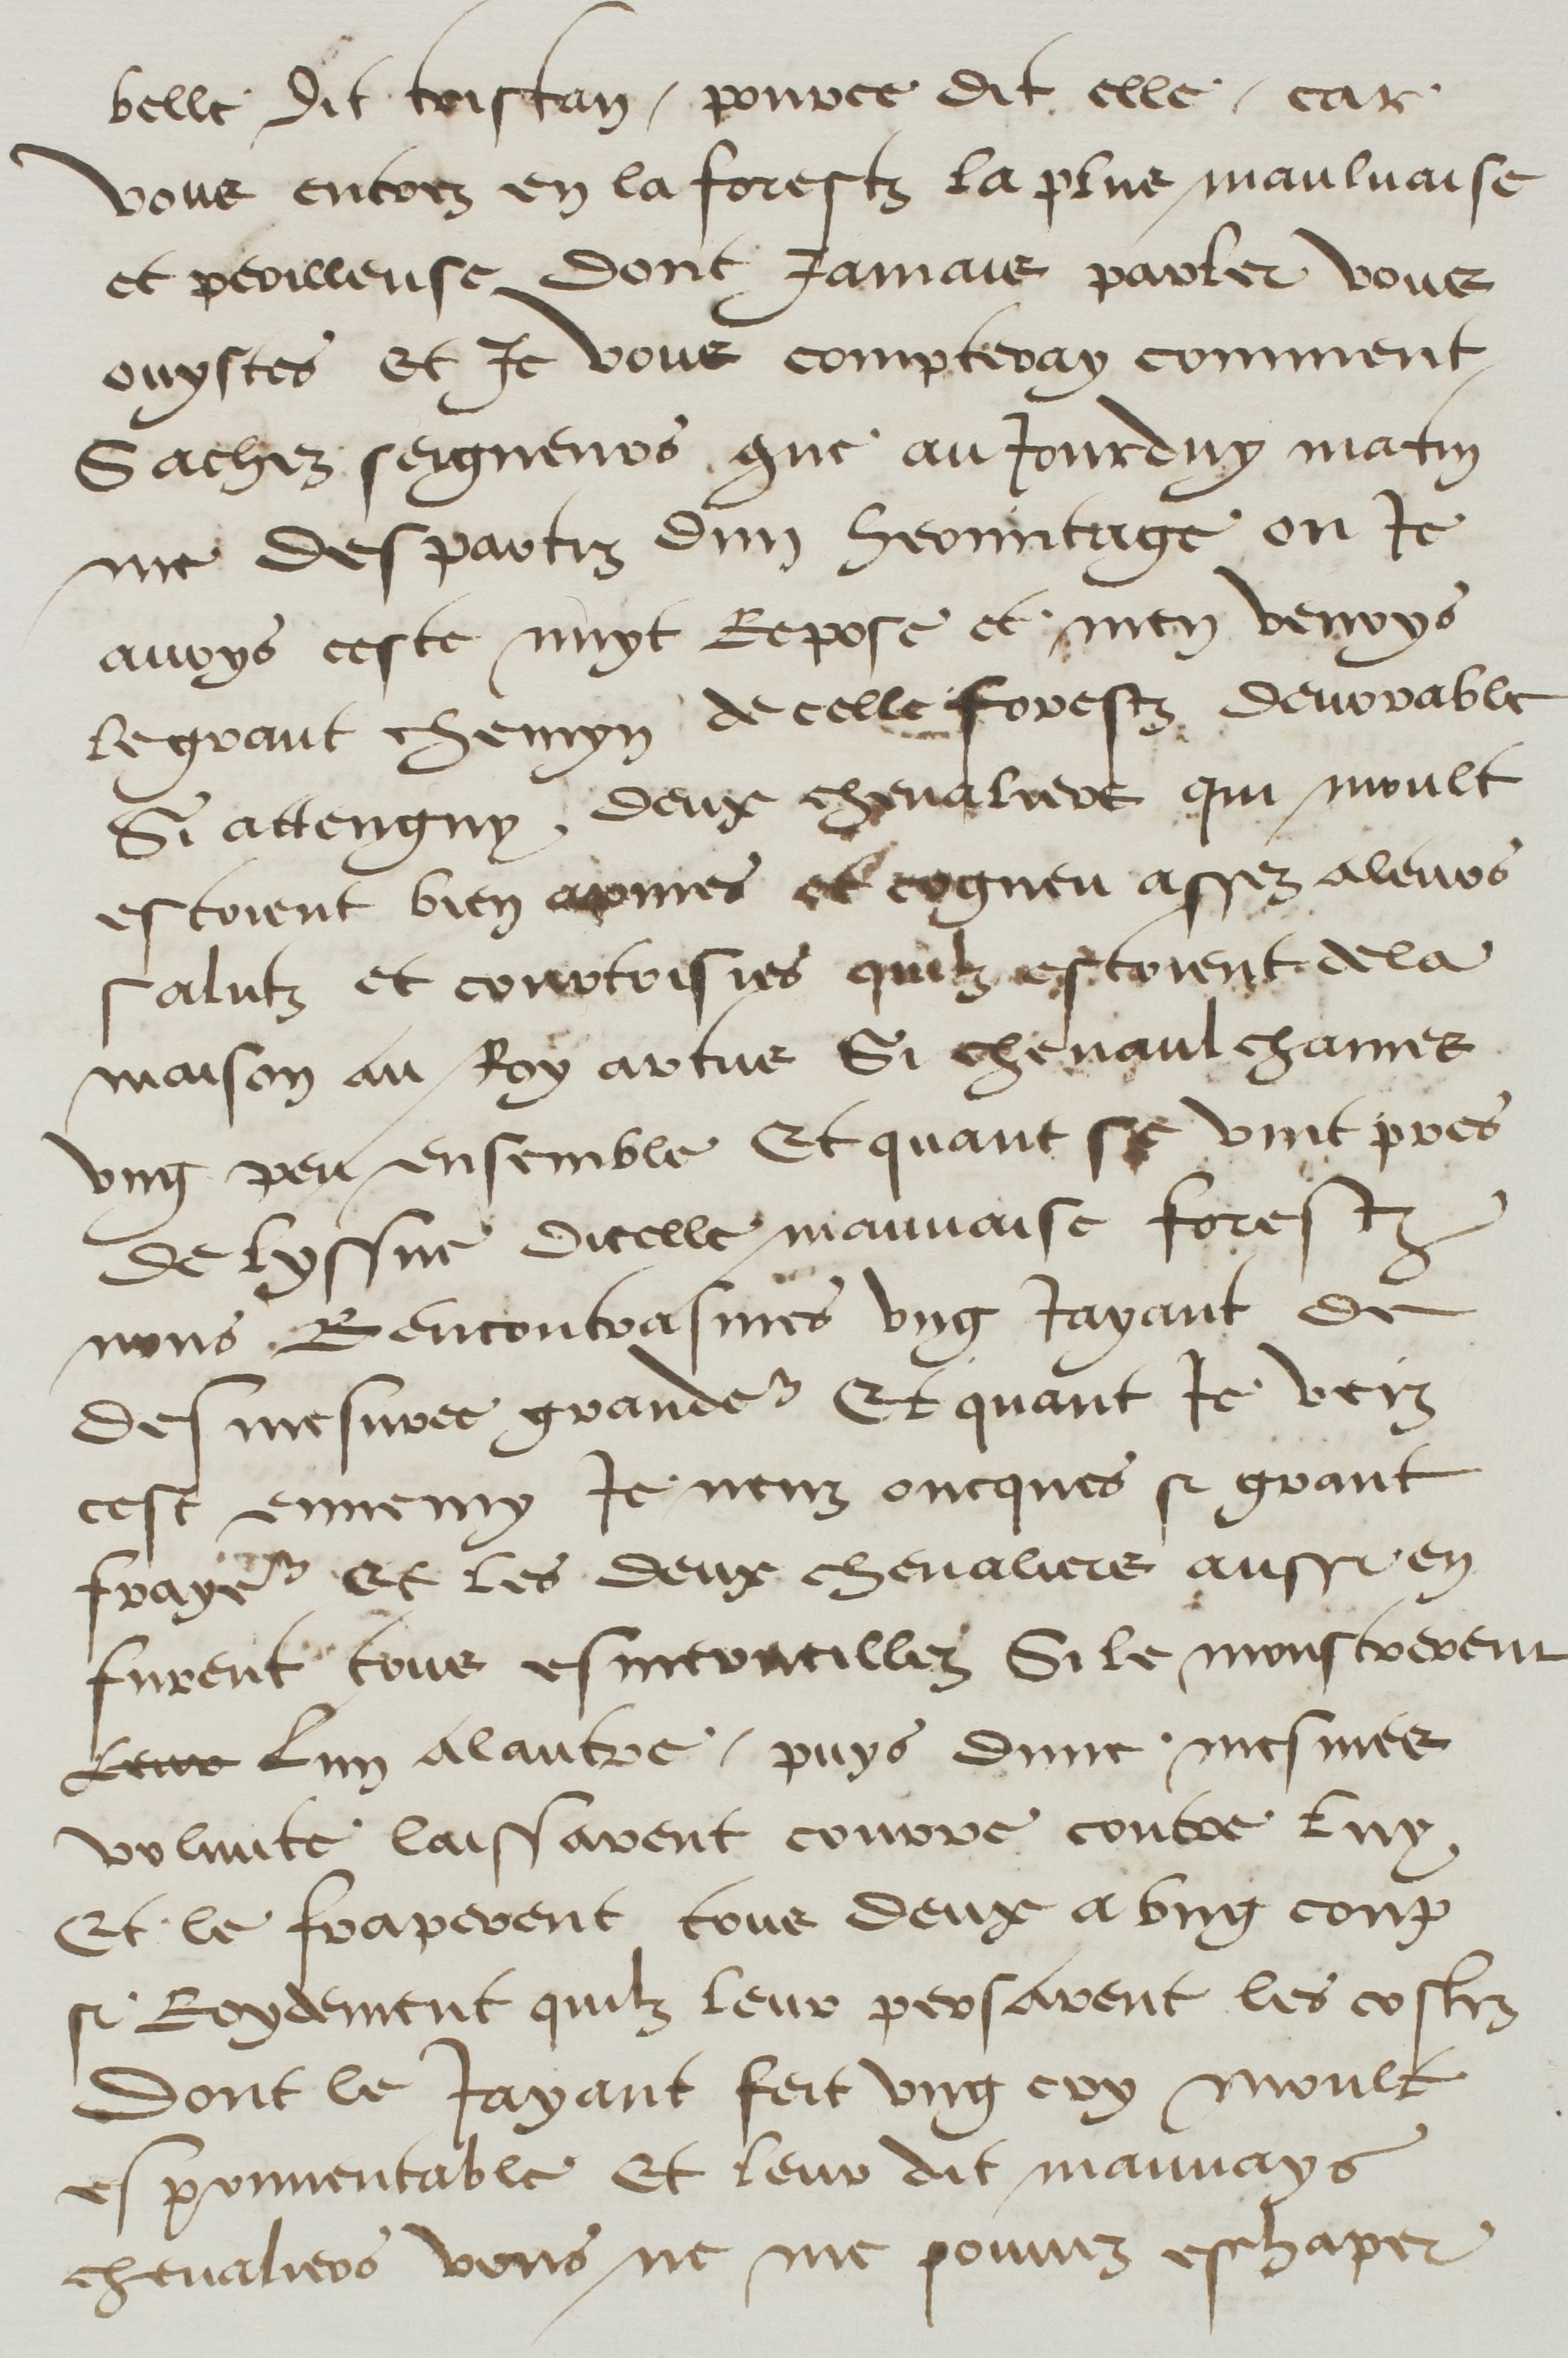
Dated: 1500–1599